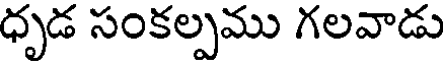
ధృడ సంకల్పము గలవాడు